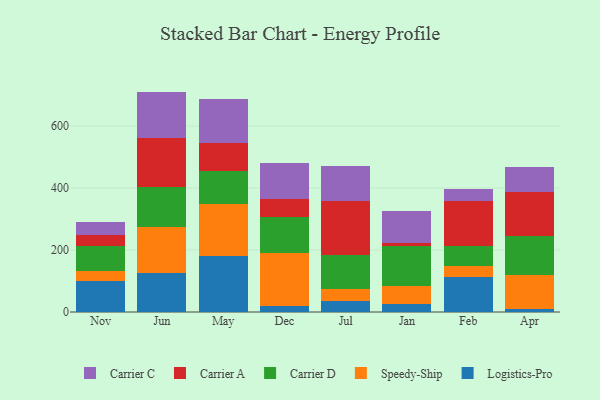
{"axis": {"x": "Month", "y": "Production Output"}, "legend": ["Carrier A", "Carrier C", "Carrier D", "Logistics-Pro", "Speedy-Ship"], "data": [{"x": "Nov", "y": 101.3, "type": "Logistics-Pro"}, {"x": "Nov", "y": 31.8, "type": "Speedy-Ship"}, {"x": "Nov", "y": 78.8, "type": "Carrier D"}, {"x": "Nov", "y": 37.4, "type": "Carrier A"}, {"x": "Nov", "y": 40.1, "type": "Carrier C"}, {"x": "Jun", "y": 124.5, "type": "Logistics-Pro"}, {"x": "Jun", "y": 151.2, "type": "Speedy-Ship"}, {"x": "Jun", "y": 128.7, "type": "Carrier D"}, {"x": "Jun", "y": 158.5, "type": "Carrier A"}, {"x": "Jun", "y": 148.2, "type": "Carrier C"}, {"x": "May", "y": 179.1, "type": "Logistics-Pro"}, {"x": "May", "y": 169.6, "type": "Speedy-Ship"}, {"x": "May", "y": 107.7, "type": "Carrier D"}, {"x": "May", "y": 88.1, "type": "Carrier A"}, {"x": "May", "y": 143.2, "type": "Carrier C"}, {"x": "Dec", "y": 17.8, "type": "Logistics-Pro"}, {"x": "Dec", "y": 172.3, "type": "Speedy-Ship"}, {"x": "Dec", "y": 118.0, "type": "Carrier D"}, {"x": "Dec", "y": 55.7, "type": "Carrier A"}, {"x": "Dec", "y": 117.4, "type": "Carrier C"}, {"x": "Jul", "y": 36.7, "type": "Logistics-Pro"}, {"x": "Jul", "y": 38.8, "type": "Speedy-Ship"}, {"x": "Jul", "y": 108.8, "type": "Carrier D"}, {"x": "Jul", "y": 175.0, "type": "Carrier A"}, {"x": "Jul", "y": 110.6, "type": "Carrier C"}, {"x": "Jan", "y": 26.2, "type": "Logistics-Pro"}, {"x": "Jan", "y": 59.2, "type": "Speedy-Ship"}, {"x": "Jan", "y": 127.5, "type": "Carrier D"}, {"x": "Jan", "y": 9.4, "type": "Carrier A"}, {"x": "Jan", "y": 102.1, "type": "Carrier C"}, {"x": "Feb", "y": 112.6, "type": "Logistics-Pro"}, {"x": "Feb", "y": 35.5, "type": "Speedy-Ship"}, {"x": "Feb", "y": 65.7, "type": "Carrier D"}, {"x": "Feb", "y": 145.1, "type": "Carrier A"}, {"x": "Feb", "y": 38.6, "type": "Carrier C"}, {"x": "Apr", "y": 9.7, "type": "Logistics-Pro"}, {"x": "Apr", "y": 111.3, "type": "Speedy-Ship"}, {"x": "Apr", "y": 125.2, "type": "Carrier D"}, {"x": "Apr", "y": 140.5, "type": "Carrier A"}, {"x": "Apr", "y": 80.8, "type": "Carrier C"}]}